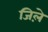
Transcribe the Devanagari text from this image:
जिले़